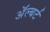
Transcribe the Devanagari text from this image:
अॅल्बर्ट